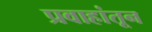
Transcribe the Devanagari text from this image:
प्रवाहांतून